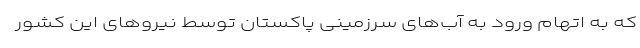
که به اتهام ورود به آب‌های سرزمینی پاکستان توسط نیروهای این کشور